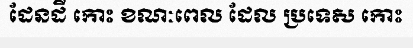
ដែនដី កោះ ខណៈពេល ដែល ប្រទេស កោះ